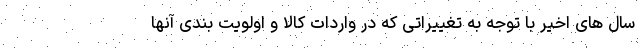
سال های اخیر با توجه به تغییراتی که در واردات کالا و اولویت بندی آنها